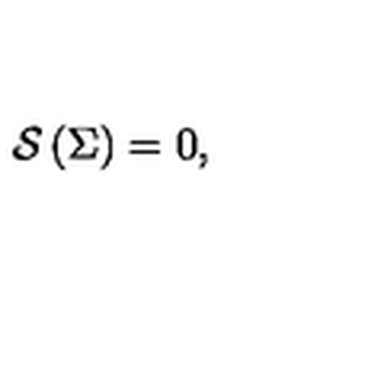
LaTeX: \mathcal { S } \left( \Sigma \right) = 0 ,